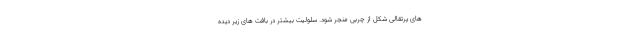
های پرتقالی شکل از چربی منجر شود. سلولیت بیشتر در بافت های زیر دیده